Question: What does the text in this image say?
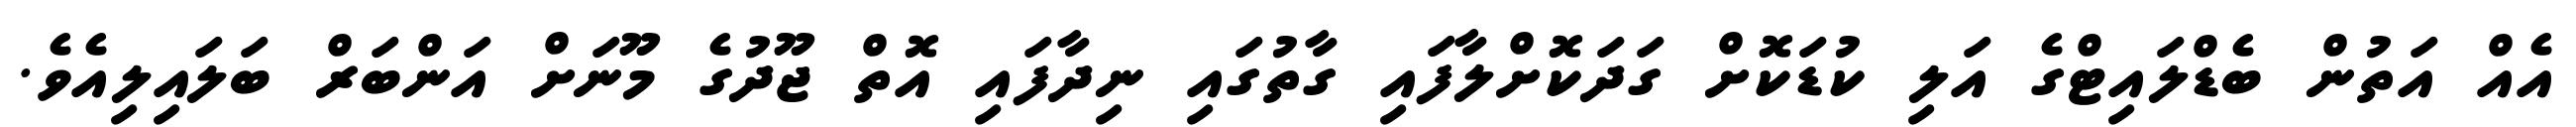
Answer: އެއް އަތުން ބެޑްލައިޓްގެ އަލި ކުޑަކޮށް ގަދަކޮށްލާފައި ގާތުގައި ނިދާފައި އޮތް ޖޫދުގެ މޫނަށް އަންބަރް ބަލައިލިއެވެ.